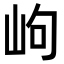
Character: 岣